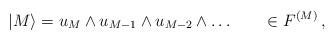
LaTeX: \begin{align*}| M \rangle = u_M \wedge u_{M-1}\wedge u_{M-2} \wedge \ldots \qquad \in F^{(M)} \,, \end{align*}